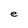
Character: e